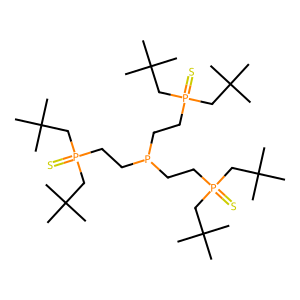
SMILES: CC(C)(C)CP(=S)(CCP(CCP(=S)(CC(C)(C)C)CC(C)(C)C)CCP(=S)(CC(C)(C)C)CC(C)(C)C)CC(C)(C)C
Inhibits HIV replication: No